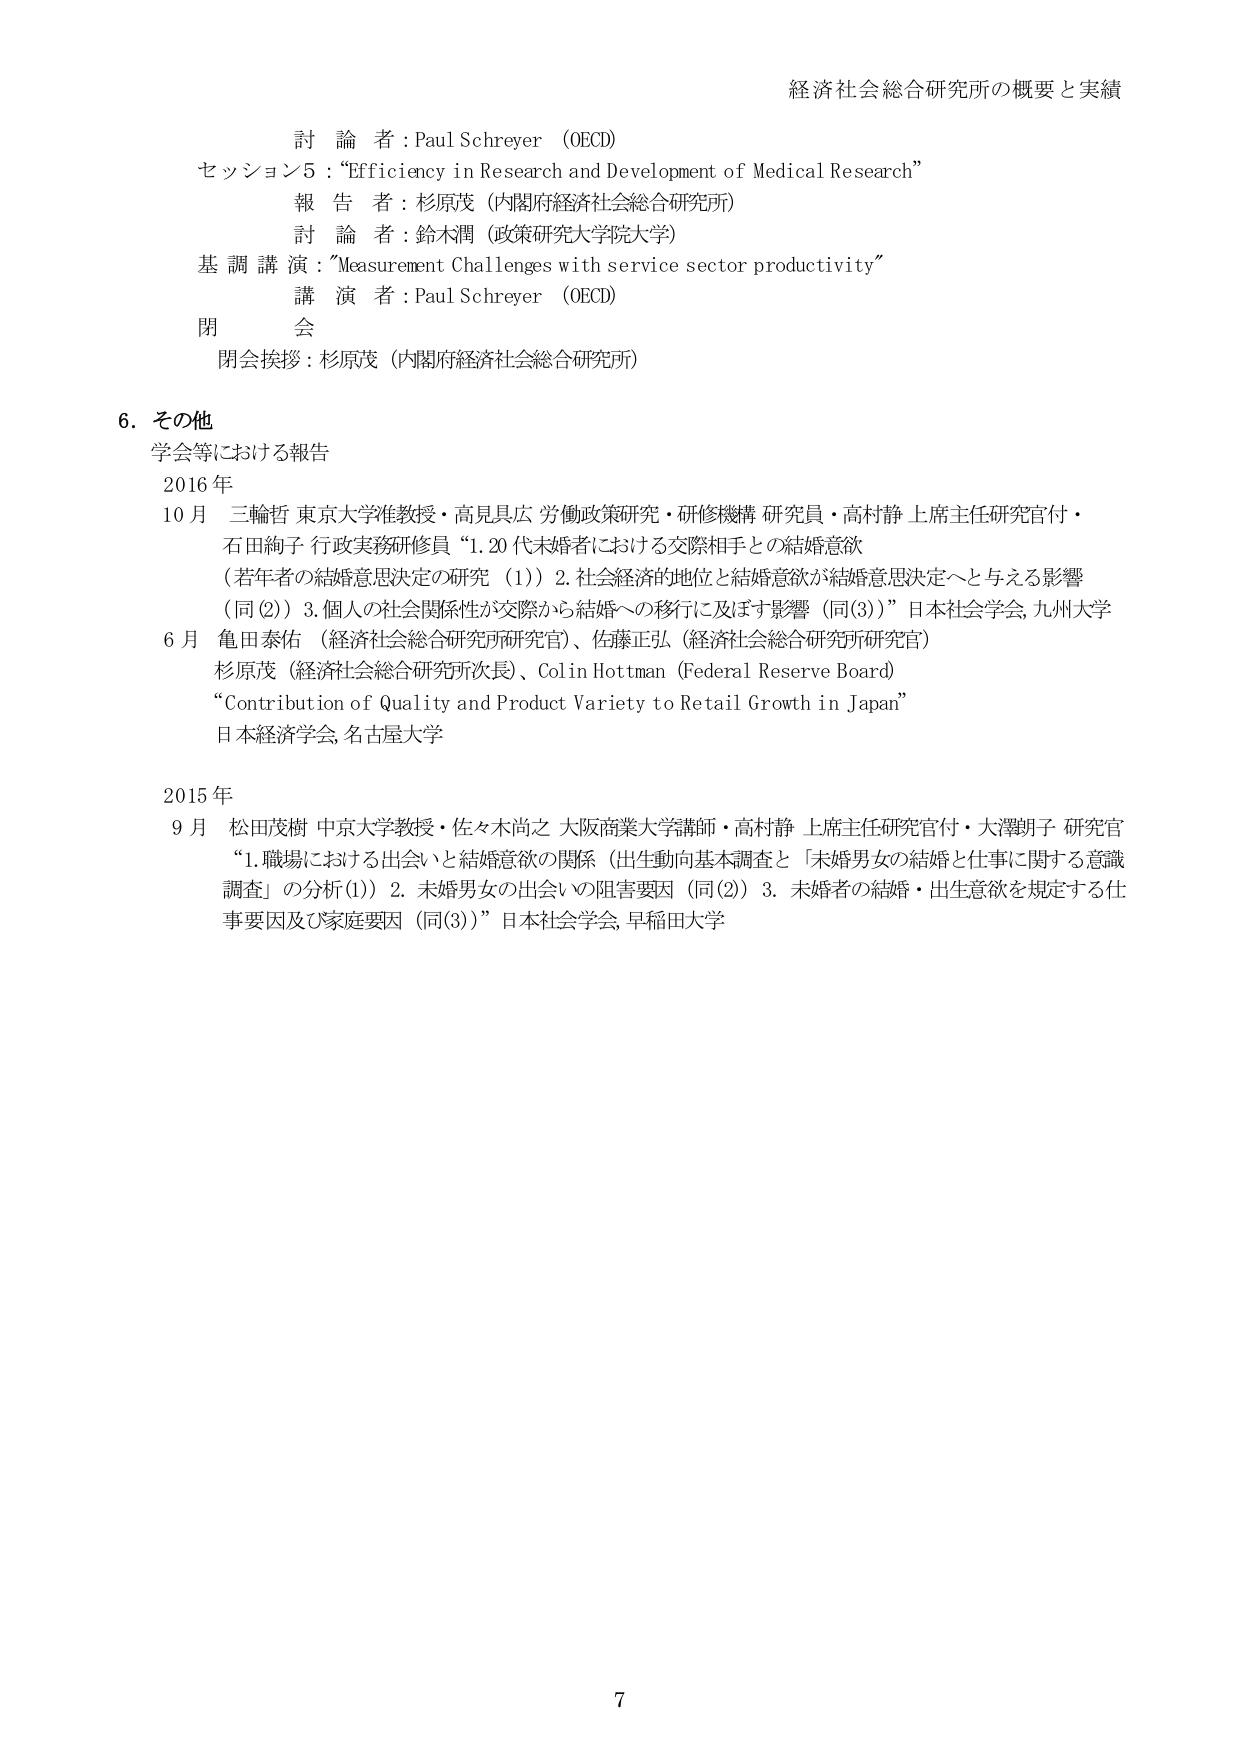
経済社会総合研究所の概要と実績

討論者：Paul Schreyer（OECD）
セッション5：“Efficiency in Research and Development of Medical Research”
報告者：杉原茂（内閣府経済社会総合研究所）
討論者：鈴木潤（政策研究大学院大学）
基調講演：“Measurement Challenges with service sector productivity”
講演者：Paul Schreyer（OECD）
閉会
閉会挨拶：杉原茂（内閣府経済社会総合研究所）

6．その他
学会等における報告
2016年
10月 三輪哲 東京大学准教授・高見具広 労働政策研究・研修機構 研究員・高村静 上席主任研究官付・石田絢子 行政実務研修員 “1.20代未婚者における交際相手との結婚意欲（若年者の結婚意思決定の研究（1））2.社会経済的地位と結婚意欲が結婚意思決定へと与える影響（同(2)）3.個人の社会関係性が交際から結婚への移行に及ぼす影響（同(3)）” 日本社会学会, 九州大学
6月 亀田泰佑（経済社会総合研究所研究官）、佐藤正弘（経済社会総合研究所研究官）杉原茂（経済社会総合研究所次長）、Colin Hottman（Federal Reserve Board）
“Contribution of Quality and Product Variety to Retail Growth in Japan”
日本経済学会, 名古屋大学

2015年
9月 松田茂樹 中京大学教授・佐々木尚之 大阪商業大学講師・高村静 上席主任研究官付・大澤明子 研究官
“1.職場における出会いと結婚意欲の関係（出生動向基本調査と「未婚男女の結婚と仕事に関する意識調査」の分析(1)）2.未婚男女の出会いの阻害要因（同(2)）3.未婚者の結婚・出生意欲を規定する仕事要因及び家庭要因（同(3)）” 日本社会学会, 早稲田大学

7